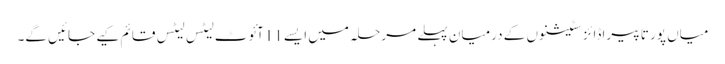
میاں پور تا پیراڈائز سٹیشنوں کے درمیان پہلے مرحلہ میں ایسے 11آئوٹ لیٹس لیٹس قائم کیے جائیں گے۔